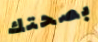
بصحتك